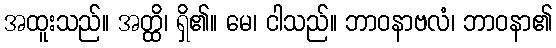
အထူးသည်။ အတ္ထိ၊ ရှိ၏။ မေ၊ ငါသည်။ ဘာဝနာဗလံ၊ ဘာဝနာ၏